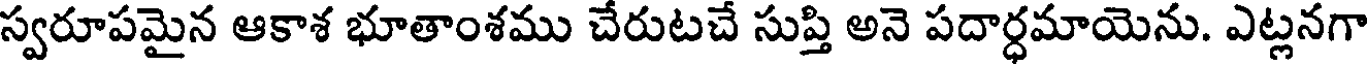
స్వరూపమైన ఆకాశ భూతాంశము చేరుటచే సుప్తి అనె పదార్ధమాయెను. ఎట్లనగా